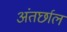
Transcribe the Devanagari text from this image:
अंतर्छाल